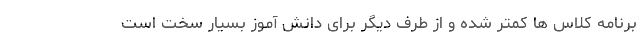
برنامه کلاس ها کمتر شده و از طرف دیگر برای دانش آموز بسیار سخت است